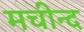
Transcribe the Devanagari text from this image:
मचीन्‍द